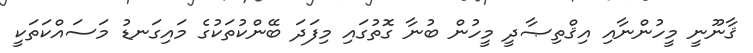
ޤާނޫނީ މީހުންނާއި އިޤްތިޞާދީ މީހުން ބުނާ ގޮތުގައި މިފަދަ ބޭންކުތަކުގެ މައިގަނޑު މަސައްކަތަކީ